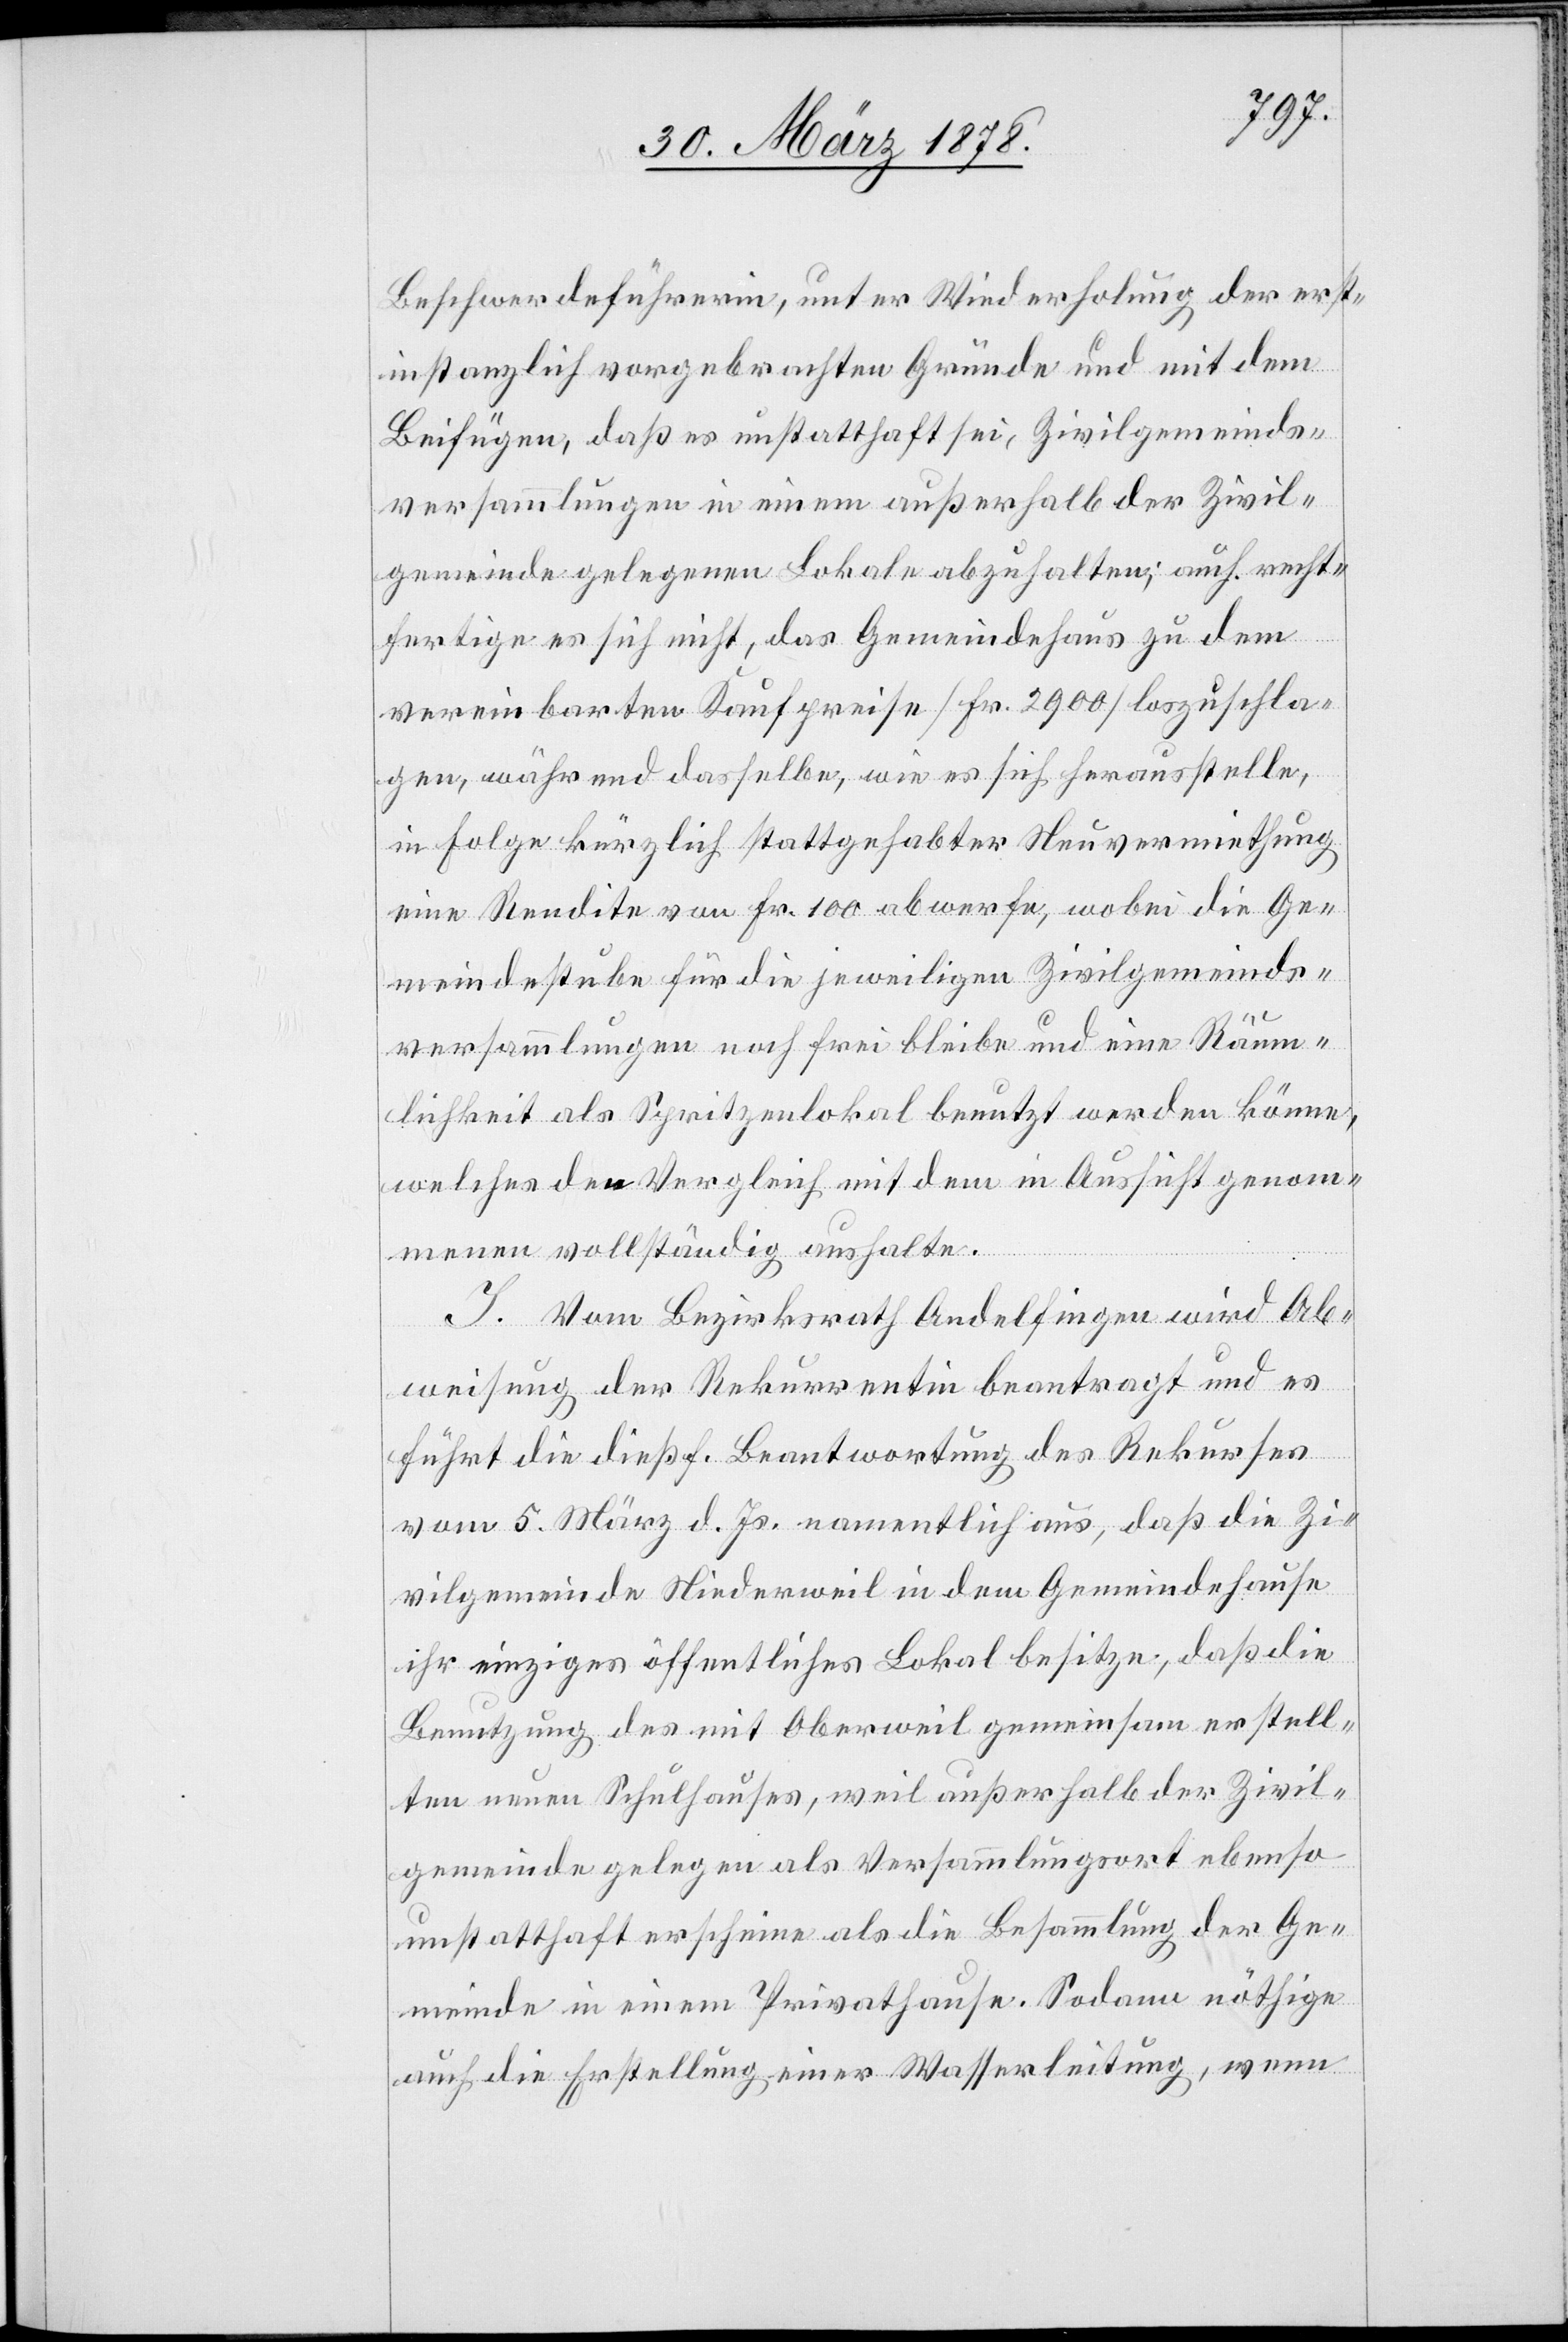
Beschwerdeführerin, unter Wiederholung der erst¬
instanzlich vorgebrachten Gründe und mit dem
Beifügen, daß es unstatthaft sei, Zivilgemeinds¬
versammlungen in einem außerhalb der Zivil¬
gemeinde gelegenen Lokale abzuhalten; auch recht¬
fertige es sich nicht, das Gemeindehaus zu dem
vereinbarten Kaufpreise (Fr. 2900) loszuschla¬
gen, während dasselbe, wie es sich heraustelle,
in Folge kürzlich stattgehabter Neuvermiethung
eine Rendite von Fr. 100 abwerfe, wobei die Ge¬
meindestube für die jeweiligen Zivilgemeinds¬
versammlungen noch frei bliebe und eine Räum¬
lichkeit als Spritzenlokal benutzt werden könne,
welches der Vergleich mit dem in Aussicht genom¬
menen vollständig aushalte.
I. Vom Bezirksrath Andelfingen wird Ab¬
weisung der Rekurrentin beantragt und es
führt die dießs. Beantwortung des Rekurses
vom 5. März d. Js. namentlich aus, daß die Zi¬
vilgemeinde Niederweil in dem Gemeindehause
ihr einziges öffentliches Lokal besitze, daß die
Benutzung des mit Oberweil gemeinsam erstell¬
ten neuen Schulhauses, weil außerhalb der Zivil¬
gemeinde gelegen als Versammlungsort ebenso
unstatthaft erscheine als die Besammlung der Ge¬
meinde in einem Privathause. Sodann nöthige
auch die Erstellung einer Wasserleitung, wenn